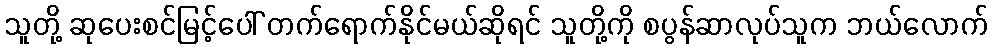
သူတို့ ဆုပေးစင်မြင့်ပေါ် တက်ရောက်နိုင်မယ်ဆိုရင် သူတို့ကို စပွန်ဆာလုပ်သူက ဘယ်လောက်